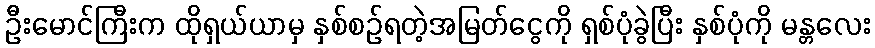
ဦးမောင်ကြီးက ထိုရှယ်ယာမှ နှစ်စဉ်ရတဲ့အမြတ်ငွေကို ရှစ်ပုံခွဲပြီး နှစ်ပုံကို မန္တလေး